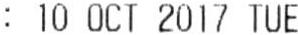
: 10 OCT 2017 TUE